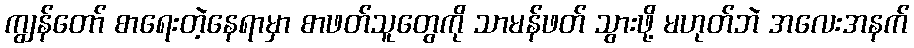
ကျွန်တော် စာရေးတဲ့နေရာမှာ စာဖတ်သူတွေကို သာမန်ဖတ် သွားဖို့ မဟုတ်ဘဲ အလေးအနက်